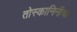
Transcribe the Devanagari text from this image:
तोस्कानिनीचा